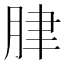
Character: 𦛌